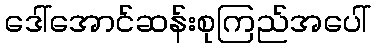
ဒေါ်အောင်ဆန်းစုကြည်အပေါ်